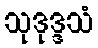
သုဒုဒ္ဒသံ